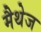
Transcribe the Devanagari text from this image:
मैथेज